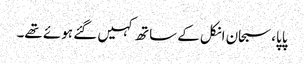
پاپا، سبحان انکل کے ساتھ کہیں گئے ہوئے تھے۔